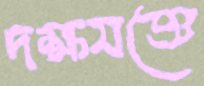
দক্ষযজ্ঞে